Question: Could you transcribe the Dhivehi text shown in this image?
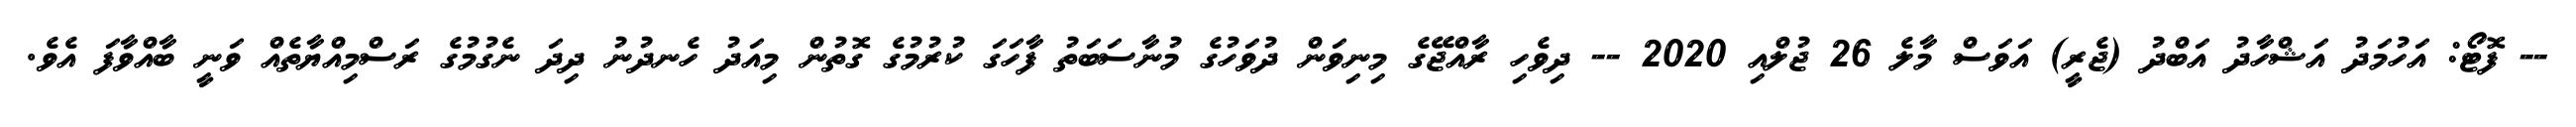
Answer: -- ފޮޓޯ: އަހުމަދު އަޝްހާދު އަބްދު (ޖެރީ) އަވަސް މާލެ 26 ޖުލްއި 2020 -- ދިވެހި ރާއްޖޭގެ މިނިވަން ދުވަހުގެ މުނާސަބަތު ފާހަގަ ކުރުމުގެ ގޮތުން މިއަދު ހެނދުނު ދިދަ ނެގުމުގެ ރަސްމިއްޔާތެއް ވަނީ ބާއްވާފަ އެވެ.